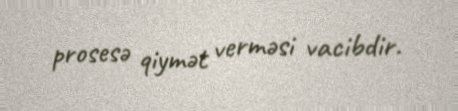
prosesə qiymət verməsi vacibdir.